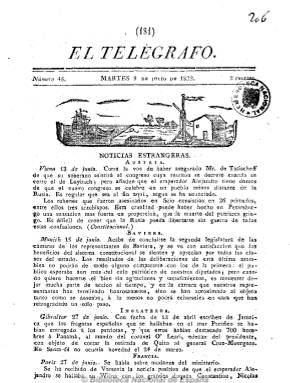
Título: El Telégrafo (Madrid. 1822)
Otros títulos: Correo de la tarde
Colección: Periódicos anteriores a 1850
Ámbito geográfico: Madrid
Lugar de publicación: Madrid
Fechas: 08/07/1822-23/08/1822

Es continuación del periódico Correo de la tarde, que había empezado a publicarse en Madrid el 22 de abril de 1822, y que, para no ser confundido con el también periódico Correo de hoy o Noticias del día, cambia a este título a partir de su número 25, correspondiente al 3 de junio del mismo año, según Gil Novales, o del uno de junio, según Hartzembusch.

De ideología liberal, su carácter es más informativo, comenzando con las noticias del extranjero, extractadas de otros periódicos, y después con las nacionales, incluidas las que se producen en Madrid, concernientes por lo general a los acontecimientos políticos y militares de este periodo del Trienio Liberal, aunque también publica artículos de oficio (proclamas, etc.).

Mientras su predecesor aparecía los lunes, martes, jueves y viernes, El telégrafo lo hace con frecuencia diaria  en números de cuatro páginas y foliación continuada en imprenta propia, a cargo de Antonio Fernandez. En su cabecera estampa un grabado alegórico del comercio y la industria. Se publicaba todavía el 31 de diciembre de 1822.